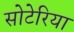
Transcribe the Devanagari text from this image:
सोटेरिया